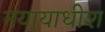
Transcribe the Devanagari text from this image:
नयायाधीश